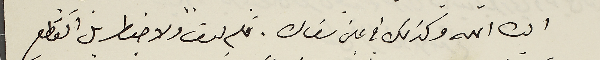
ايده الله وكذلك في عين سَعاده. فلم يبق ولا خيط بل انقطع